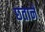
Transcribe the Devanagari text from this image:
छताने